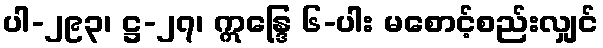
ပါ-၂၉၃၊ ဋ္ဌ-၂၇၊ ဣန္ဒြေ ၆-ပါး မစောင့်စည်းလျှင်